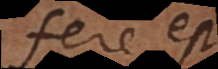
fere e